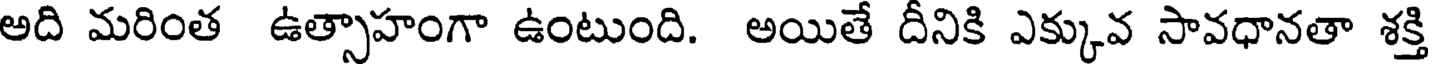
అది మరింత ఉత్సాహంగా ఉంటుంది. అయితే దీనికి ఎక్కువ సావధానతా శక్తి